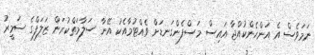
ނަމަވެސް އެ އަންހެންކުއްޖާ އައިސް މަސްފެންގަނޑަށް ވެއްޓުމާއެކު އޭނާ ސަލާމަތްކުރަން ޒަލަފްގެ ޟަމީރު